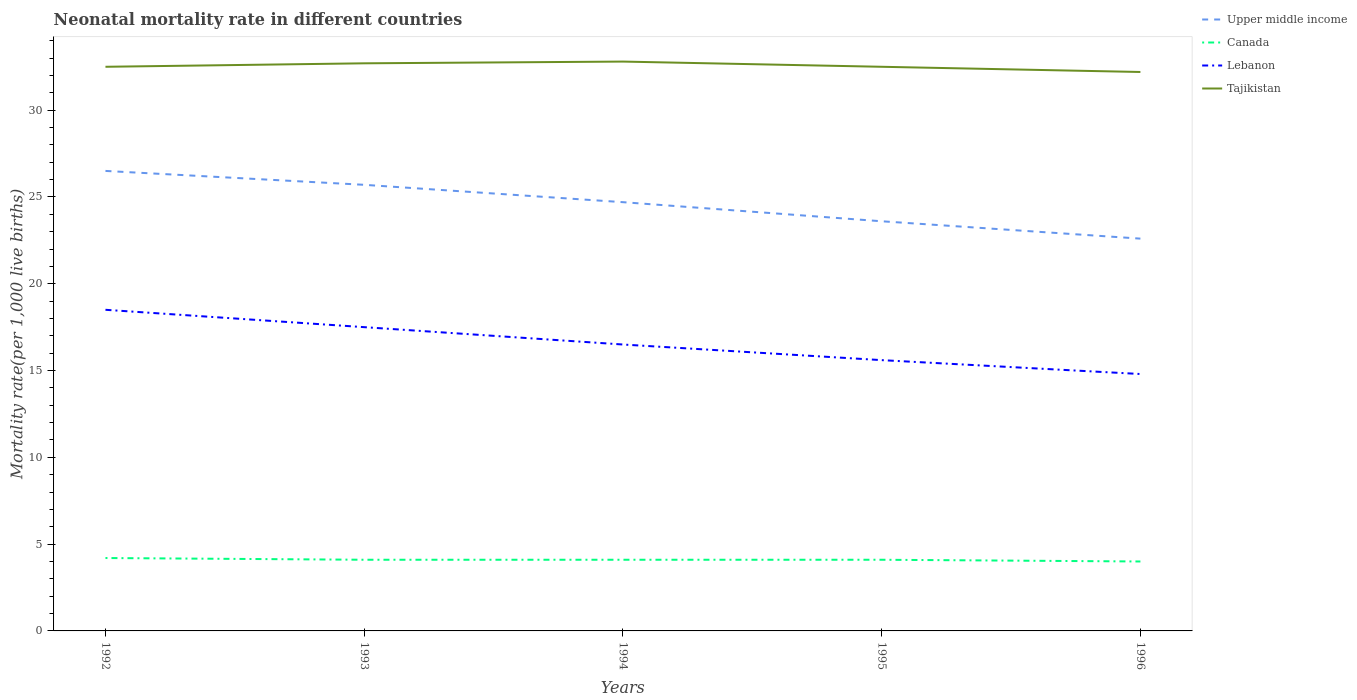
| Years | Upper middle income | Canada | Lebanon | Tajikistan |
 | --- | --- | --- | --- | --- |
 | 1992 | 26.5 | 4.2 | 18.5 | 32.5 |
 | 1993 | 25.7 | 4.1 | 17.5 | 32.7 |
 | 1994 | 24.7 | 4.1 | 16.5 | 32.8 |
 | 1995 | 23.6 | 4.1 | 15.6 | 32.5 |
 | 1996 | 22.6 | 4 | 14.8 | 32.2 |